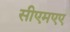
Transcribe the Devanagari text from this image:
सीएमएए